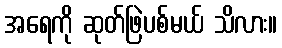
အရေကို ဆုတ်ဖြဲပစ်မယ် သိလား။